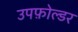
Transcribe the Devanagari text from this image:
उपफ़ोल्डर